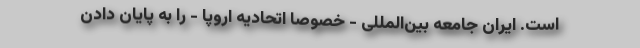
است. ایران جامعه بین‌المللی - خصوصا اتحادیه اروپا - را به پایان دادن